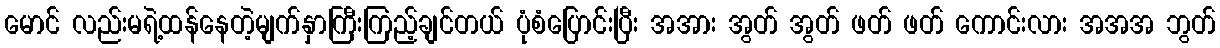
မောင် လည်းမရဲ့ထန်နေတဲ့မျက်နှာကြီးကြည့်ချင်တယ် ပုံစံပြောင်းပြီး အအား အွတ် အွတ် ဖတ် ဖတ် ကောင်းလား အအအ ဘွတ်